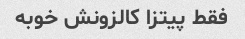
فقط پیتزا کالزونش خوبه